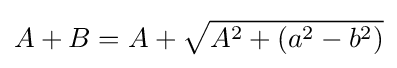
A+B=A+{\sqrt {A^{2}+(a^{2}-b^{2})}}